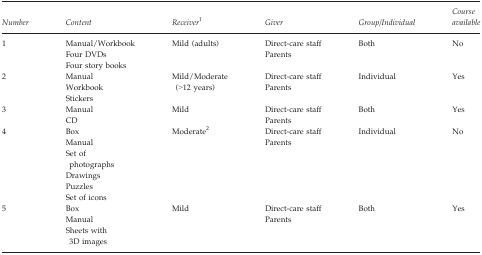
| Number | Content | Receiver1 | Giver | Group/Individual | Course available |
 | --- | --- | --- | --- | --- | --- |
 | 1 | Manual/Workbook Four DVDs Four story books | Mild (adults) | Direct-care staff Parents | Both | No |
 | 2 | Manual Workbook Stickers | Mild/Moderate (>12 years) | Direct-care staff Parents | Individual | Yes |
 | 3 | Manual CD | Mild | Direct-care staff Parents | Both | Yes |
 | 4 | Box Manual Set of photographs Drawings Puzzles Set of icons | Moderate2 | Direct-care staff Parents | Individual | No |
 | 5 | Box Manual Sheets with 3D images | Mild | Direct-care staff Parents | Both | Yes |